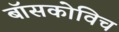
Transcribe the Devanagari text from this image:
बॉसकोविच